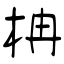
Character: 柟